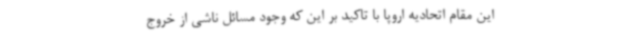
این مقام اتحادیه اروپا با تاکید بر این که وجود مسائل ناشی از خروج